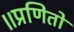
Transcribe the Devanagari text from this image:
॥प्रणितो